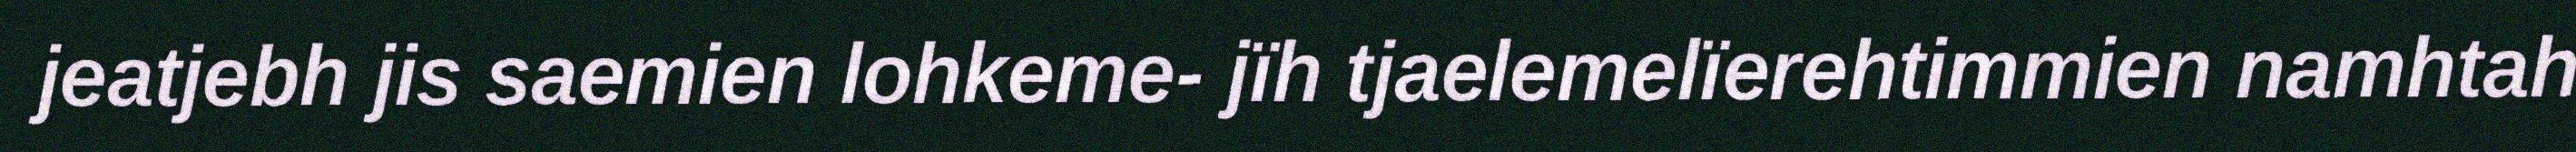
jeatjebh jis saemien lohkeme- jïh tjaelemelïerehtimmien namhtah